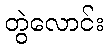
တွဲလောင်း